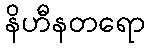
နိဟီနတရော